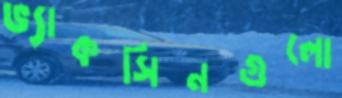
ভ্যাকসিনগুলো